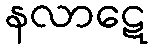
နလာဋေ